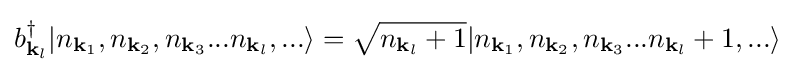
b_{{\mathbf {k} }_{l}}^{\dagger }|n_{{\mathbf {k} }_{1}},n_{{\mathbf {k} }_{2}},n_{{\mathbf {k} }_{3}}...n_{{\mathbf {k} }_{l}},...\rangle ={\sqrt {n_{{\mathbf {k} }_{l}}+1}}|n_{{\mathbf {k} }_{1}},n_{{\mathbf {k} }_{2}},n_{{\mathbf {k} }_{3}}...n_{{\mathbf {k} }_{l}}+1,...\rangle